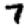
Digit: 7